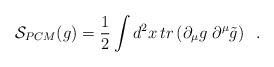
\begin{align*}{\cal S}_{PCM}(g)= {\frac{1}{2}} \int d^2 x \,tr \left( \partial_\mu g\;\partial^\mu \tilde{g} \right)\;\;.\end{align*}